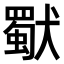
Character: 𤢜